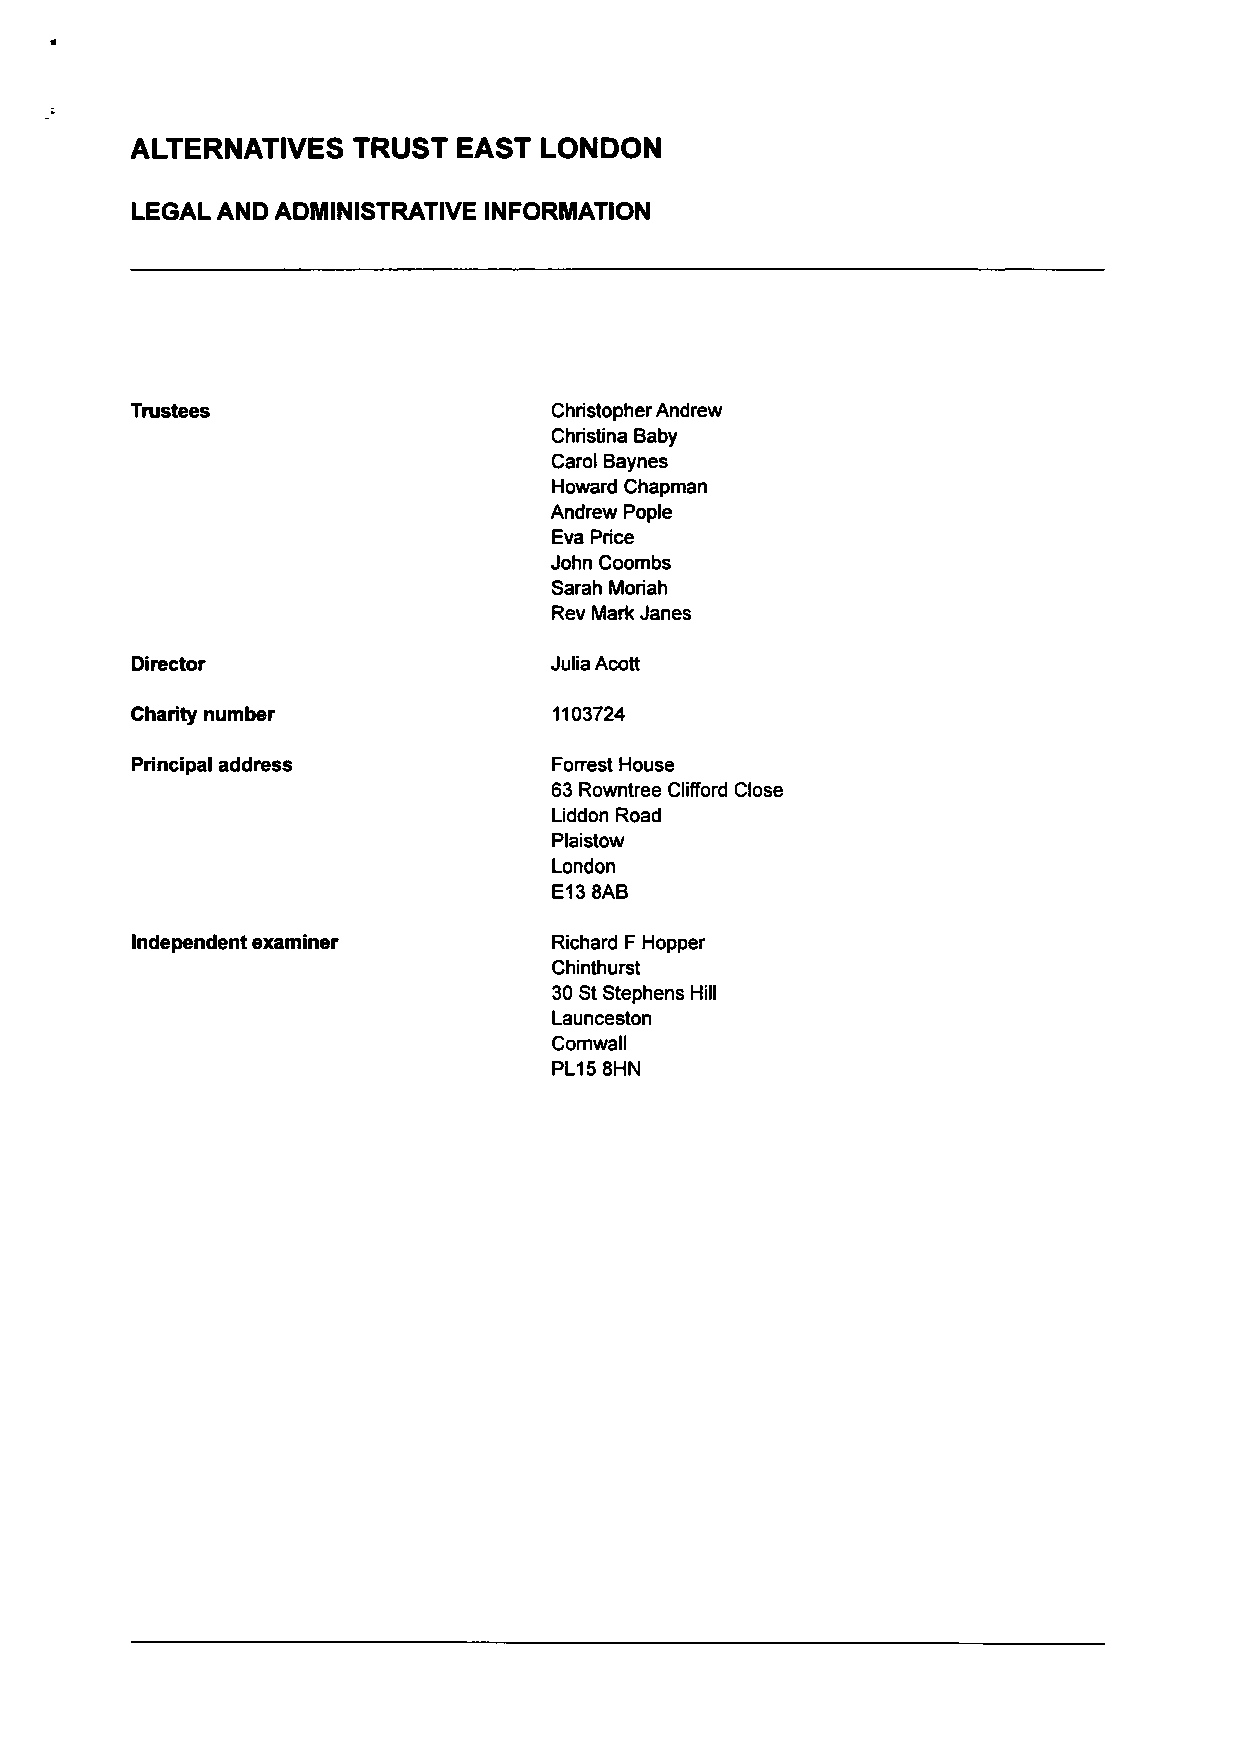
ALTERNATIVES  TRUST  EAST  LONDON
 LEGAL AND ADMINISTRATIVE INFORMATION
 Trustees                    Christopher Andrew
 Christina Baby
 Carol Baynes
 Howard Chapman
 Andrew Pople
 Eva Price
 John Coombs
 Sarah Moriah
 Rev Mark Janes
 Director                   Julia Acott
 Charity number              1103724
 Principal address           Forrest House
 63 Rowntree Clifford Close
 Liddon Road
 Plaistow
 London
 E13 8AB
 Independent examiner        Richard F Hopper
 Chinthurst
 30 St Stephens Hill
 Launceston
 Cornwall
 PL15 8HN